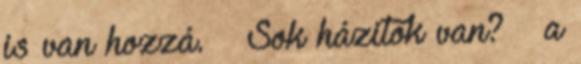
is van hozzá. – Sok házitok van? – a